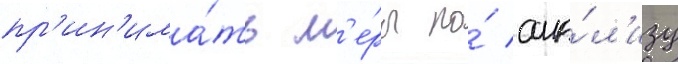
пр'ин'има́ть м'е́ры по́ ана́л'изу